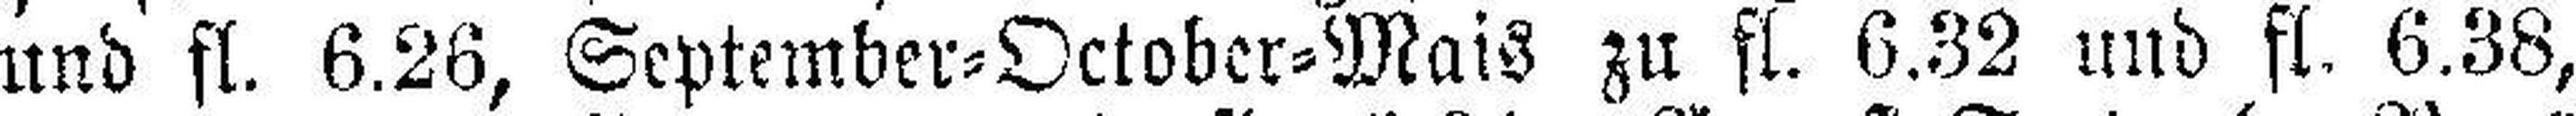
und fl. 6.26, September=October=Mais zu fl. 6.32 und fl. 6.38,